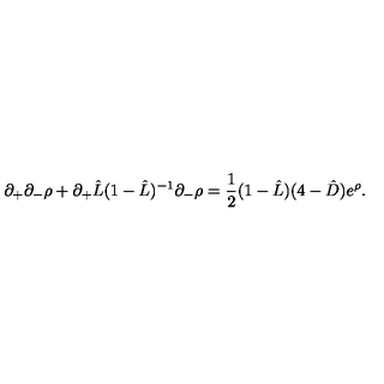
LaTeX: \partial _ { + } \partial _ { - } \rho + \partial _ { + } \hat { L } ( 1 - \hat { L } ) ^ { - 1 } \partial _ { - } \rho = \frac { 1 } { 2 } ( 1 - \hat { L } ) ( 4 - \hat { D } ) e ^ { \rho } .